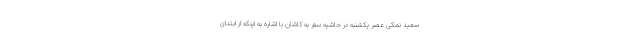
سعید نمکی عصر یکشنبه در حاشیه سفر به کاشان با اشاره به اینکه از ابتدای